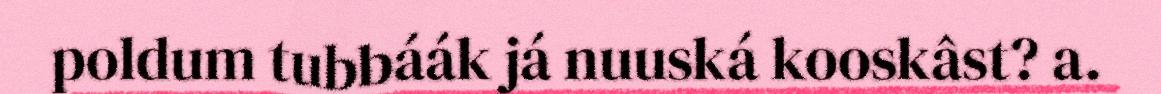
poldum tubbáák já nuuská kooskâst? a.